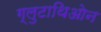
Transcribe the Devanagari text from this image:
ग्लुटाथिओन